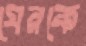
ঘেরকে